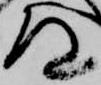
道